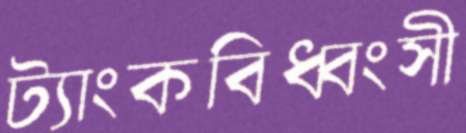
ট্যাংকবিধ্বংসী